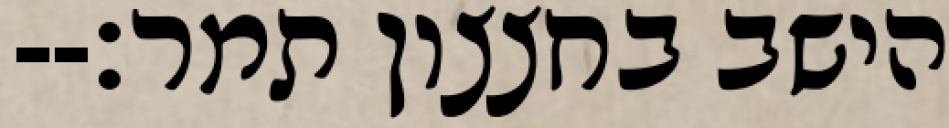
הישב בחצצון תמר׃--